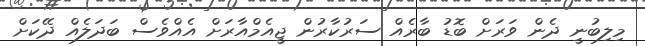
މިލިބުނީ ދެން ވަރަށް ބޮޑު ބާރެއް ސަރުކާރުން ޖީއެމްއާރަށް އެއްވެސް ބަދަލެއް ދޭކަށް